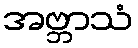
အဗ္ဘာသံ